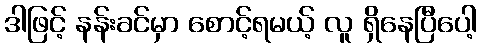
ဒါဖြင့် နန်းခင်မှာ စောင့်ရမယ့် လူ ရှိနေပြီပေါ့